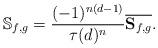
LaTeX: \begin{align*} \mathbb{S}_{f,g} = \frac{(-1)^{n(d-1)}}{\tau(d)^n}\overline{\mathbf{S}_{f,g}}.\end{align*}